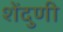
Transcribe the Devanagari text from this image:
शेंदुणी